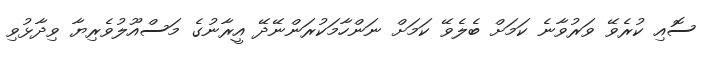
ސޮއި ކުރެވޭ ވަރުވާނެ ކަމަށް ބެލެވޭ ކަމަށް ނަންހާމަކުރަންނޭދޭ އީރާނުގެ މަސްއޫލުވެރިޔާ ވިދާޅުވި